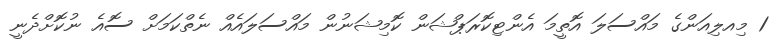
1 މިއލިއަންގެ މައްސަލަ އޮތީމަ އެންޓިކޮރަޕްޝަން ކޮމިޝަނުން މައްސަލައެއް ނެތްކަމަށް ސޮއެ ނުކޮށްދެނީ